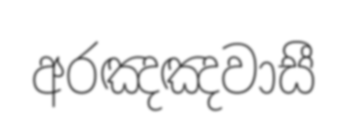
අරඤඤවාසී